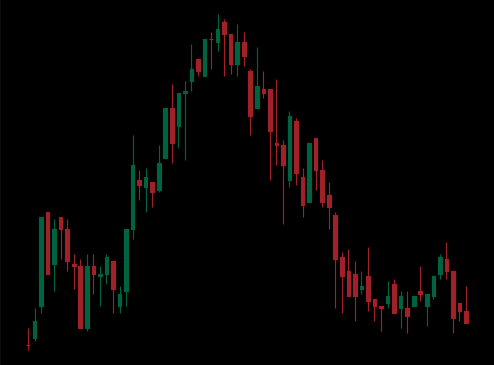
Pattern: head_shoulders